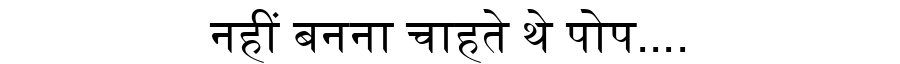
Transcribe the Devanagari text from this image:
नहीं बनना चाहते थे पोप....